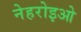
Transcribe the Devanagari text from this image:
नेहरोइओ